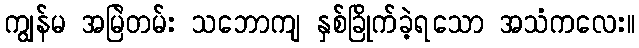
ကျွန်မ အမြဲတမ်း သဘောကျ နှစ်ခြိုက်ခဲ့ရသော အသံကလေး။